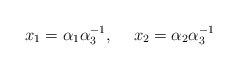
\begin{align*}x_1=\alpha_1\alpha^{-1}_3, \hspace{15pt} x_2=\alpha_2\alpha^{-1}_3\end{align*}